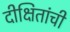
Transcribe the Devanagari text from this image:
दीक्षितांची